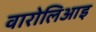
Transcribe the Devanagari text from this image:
वारोलिआइ